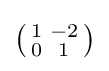
\left({\begin{smallmatrix}1&-2\\0&1\end{smallmatrix}}\right)